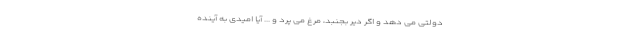
دولتی می دهد و اگر دیر بجنبد، مرغ می پرد و ... آیا امیدی به آینده